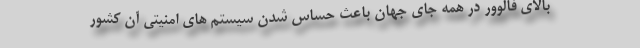
بالای فالوور در همه جای جهان باعث حساس شدن سیستم های امنیتی آن کشور